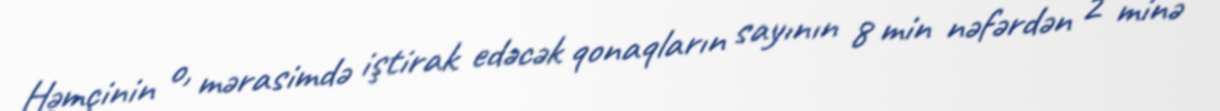
Həmçinin o, mərasimdə iştirak edəcək qonaqların sayının 8 min nəfərdən 2 minə